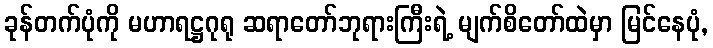
ခုန်တက်ပုံကို မဟာရဋ္ဌဂုရု ဆရာတော်ဘုရားကြီးရဲ့ မျက်စိတော်ထဲမှာ မြင်နေပုံ,